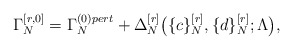
\begin{align*} \Gamma_N^{[r,0]}=\Gamma_N^{(0)pert}+\Delta_N^{[r]} \big(\{c\}_N^{[r]},\{d\}_N^{[r]};\Lambda\big),\end{align*}